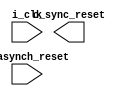
module reset_synchronizer
#(parameter p_reset_polarity = 1'b0,
  parameter p_num_ff = 2)
(
    input i_clk,
    input i_asynch_reset,
    //
    output o_sync_reset
);

    // signal area BEGIN
    wire w_new_reset;
    reg [p_num_ff-1:0] r_synchronous_ff;
    // signal area END
 
    // assign area BEGIN
    assign sync_reset_out = r_synchronous_ff[p_num_ff-1];     //last FF in chain is now our synchronous reset;
    assign w_new_reset = asynch_reset_in ^ p_reset_polarity;
    // assign area END   
    
    // procedure area BEGIN
    always @ (posedge clk or negedge w_new_reset) begin     // synchronise asynchronous signal
        if (~w_new_reset) 
            r_synchronous_ff <= {p_num_ff{p_reset_polarity}};
        else 
            r_synchronous_ff <= {r_synchronous_ff[p_num_ff-2:0], ~p_reset_polarity};
    end
    // procedure area END
    
endmodule